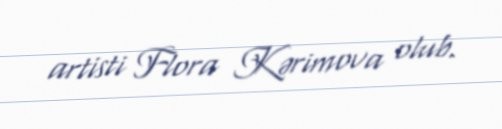
artisti Flora Kərimova olub.